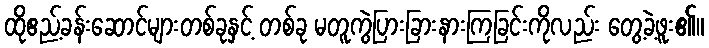
ထိုဧည့်ခန်းဆောင်များတစ်ခုနှင့် တစ်ခု မတူကွဲပြားခြားနားကြခြင်းကိုလည်း တွေ့ခဲ့ဖူး၏။